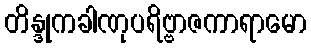
တိန္ဒုကခါဏုပရိဗ္ဗာဇကာရာမော